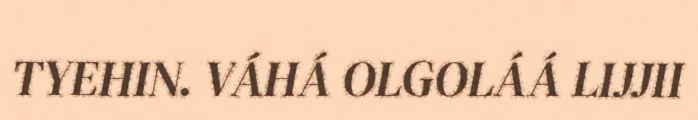
TYEHIN. VÁHÁ OLGOLÁÁ LIJJII